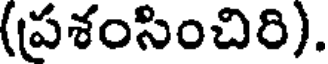
(ప్రశంసించిరి).